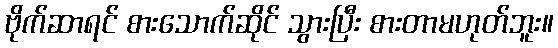
ဗိုက်ဆာရင် စားသောက်ဆိုင် သွားပြီး စားတာမဟုတ်ဘူး။